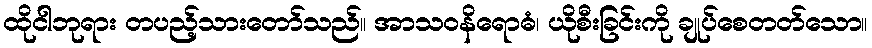
ထိုငါဘုရား တပည့်သားတော်သည်။ အာသဝနိရောဓံ၊ ယိုစီးခြင်းကို ချုပ်စေတတ်သော။